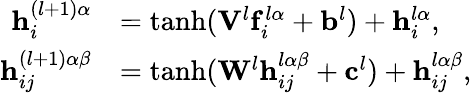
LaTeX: \begin{array}{rl}{\mathbf{h}_{i}^{(l+1)\alpha}}&{=\operatorname{tanh}(\mathbf{V}^{l}\mathbf{f}_{i}^{l\alpha}+\mathbf{b}^{l})+\mathbf{h}_{i}^{l\alpha},}\\ {\mathbf{h}_{ij}^{(l+1)\alpha\beta}}&{=\operatorname{tanh}(\mathbf{W}^{l}\mathbf{h}_{ij}^{l\alpha\beta}+\mathbf{c}^{l})+\mathbf{h}_{ij}^{l\alpha\beta},}\end{array}